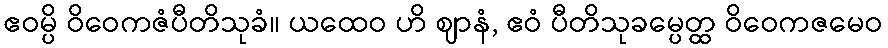
ဧဝမ္ပိ ဝိဝေကဇံပီတိသုခံ။ ယထေဝ ဟိ ဈာနံ, ဧဝံ ပီတိသုခမ္ပေတ္ထ ဝိဝေကဇမေဝ